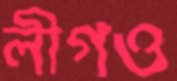
লীগও